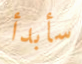
سأبدأ